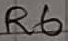
Text: R6